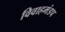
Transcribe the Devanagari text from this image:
विवाहमंडप